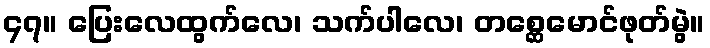
၄၇။ ပြေးလေထွက်လေ၊ သက်ပါလေ၊ တစ္ဆေမောင်ဖုတ်မွဲ။